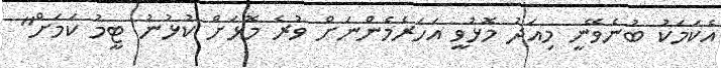
އެކަމަކު ބުނެވޭނީ މިއަދު މޮޅުވީ އަހަރެމެންނަށް ވުރެ މޮޅަށް ކުޅުނު ޓީމު ކަމަށް"